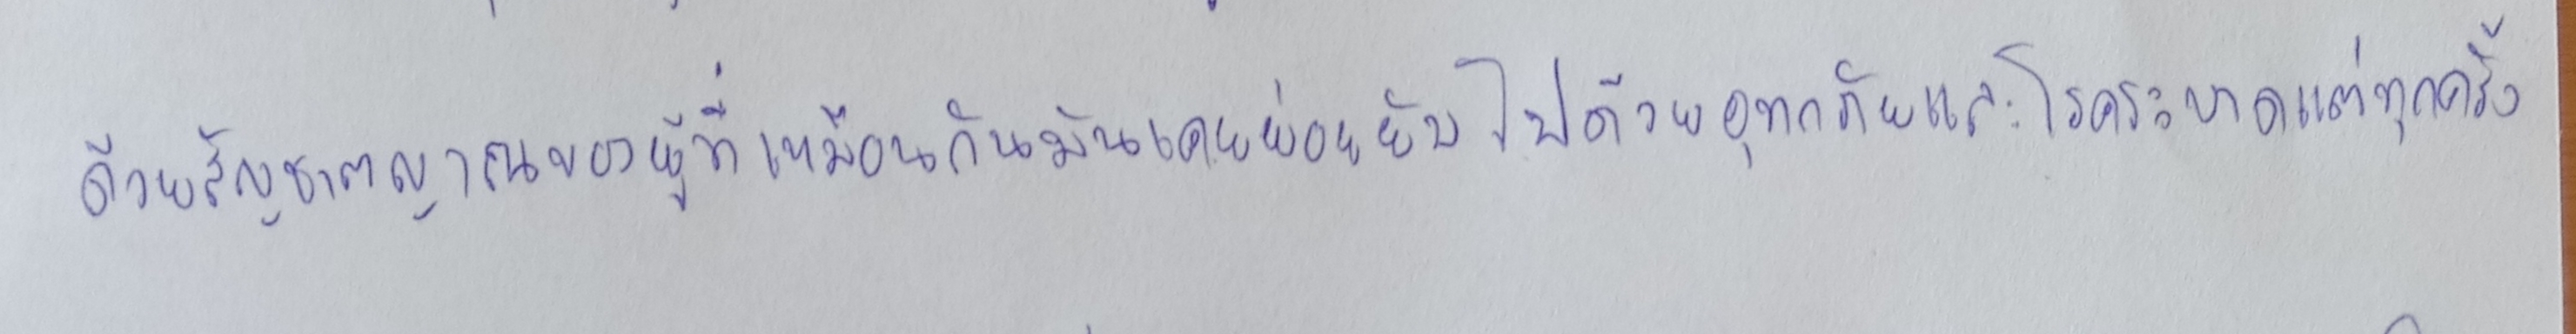
ด้วยสัญชาตญาณของผู้ที่เหมือนกันมันเคยย่อยยับไปด้วยอุทกภัยและโรคระบาดแต่ทุกครั้ง